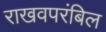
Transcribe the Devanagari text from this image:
राखवपरंबिल